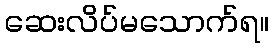
ဆေးလိပ်မသောက်ရ။